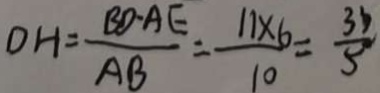
D H = \frac { B D \cdot A E } { A B } = \frac { 1 1 \times 6 } { 1 0 } = \frac { 3 3 } { 5 }